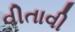
વીતાવી